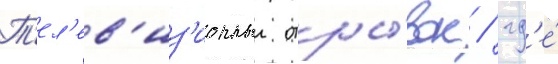
Т'ел'ев'из'ионныи отры́вок / гд'е́